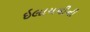
ઇલાયચીની